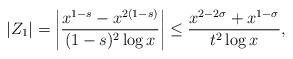
LaTeX: \begin{align*} |Z_1| &= \left| \frac{x^{1-s}-x^{2(1-s)}}{(1-s)^2\log x} \right| \leq \frac{x^{2-2\sigma} + x^{1-\sigma}}{t^2 \log x}, \end{align*}